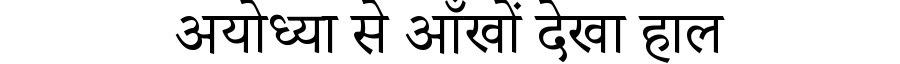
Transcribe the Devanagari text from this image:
अयोध्या से आँखों देखा हाल